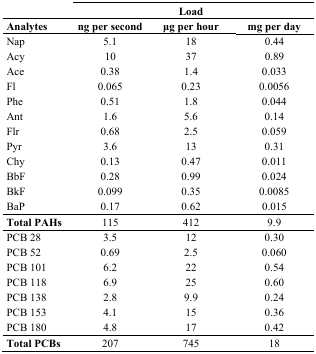
|  | <COLSPAN=3> Load |
 | Analytes | ng per second | μg per hour | mg per day |
 | --- | --- | --- | --- |
 | Nap | 5.1 | 18 | 0.44 |
 | Acy | 10 | 37 | 0.89 |
 | Ace | 0.38 | 1.4 | 0.033 |
 | Fl | 0.065 | 0.23 | 0.0056 |
 | Phe | 0.51 | 1.8 | 0.044 |
 | Ant | 1.6 | 5.6 | 0.14 |
 | Flr | 0.68 | 2.5 | 0.059 |
 | Pyr | 3.6 | 13 | 0.31 |
 | Chy | 0.13 | 0.47 | 0.011 |
 | BbF | 0.28 | 0.99 | 0.024 |
 | BkF | 0.099 | 0.35 | 0.0085 |
 | BaP | 0.17 | 0.62 | 0.015 |
 | Total PAHs | 115 | 412 | 9.9 |
 | PCB 28 | 3.5 | 12 | 0.30 |
 | PCB 52 | 0.69 | 2.5 | 0.060 |
 | PCB 101 | 6.2 | 22 | 0.54 |
 | PCB 118 | 6.9 | 25 | 0.60 |
 | PCB 138 | 2.8 | 9.9 | 0.24 |
 | PCB 153 | 4.1 | 15 | 0.36 |
 | PCB 180 | 4.8 | 17 | 0.42 |
 | Total PCBs | 207 | 745 | 18 |